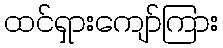
ထင်ရှားကျော်ကြား